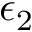
\epsilon _ { 2 }